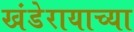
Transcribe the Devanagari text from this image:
खंडेरायाच्या